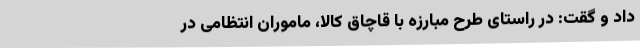
داد و گقت: در راستای طرح مبارزه با قاچاق کالا، ماموران انتظامی در